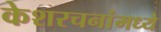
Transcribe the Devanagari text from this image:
केशरचनांमध्ये